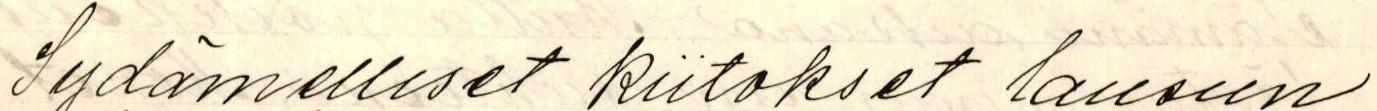
Sydämelliset kiitokset lausun